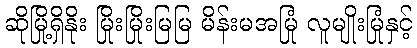
ဆိုမြို့ရှိနိုး မြိုးမြိုးမြမြ မိန်းမအမြုံ လူမျိုးမြုံနှင့်